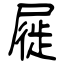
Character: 屣